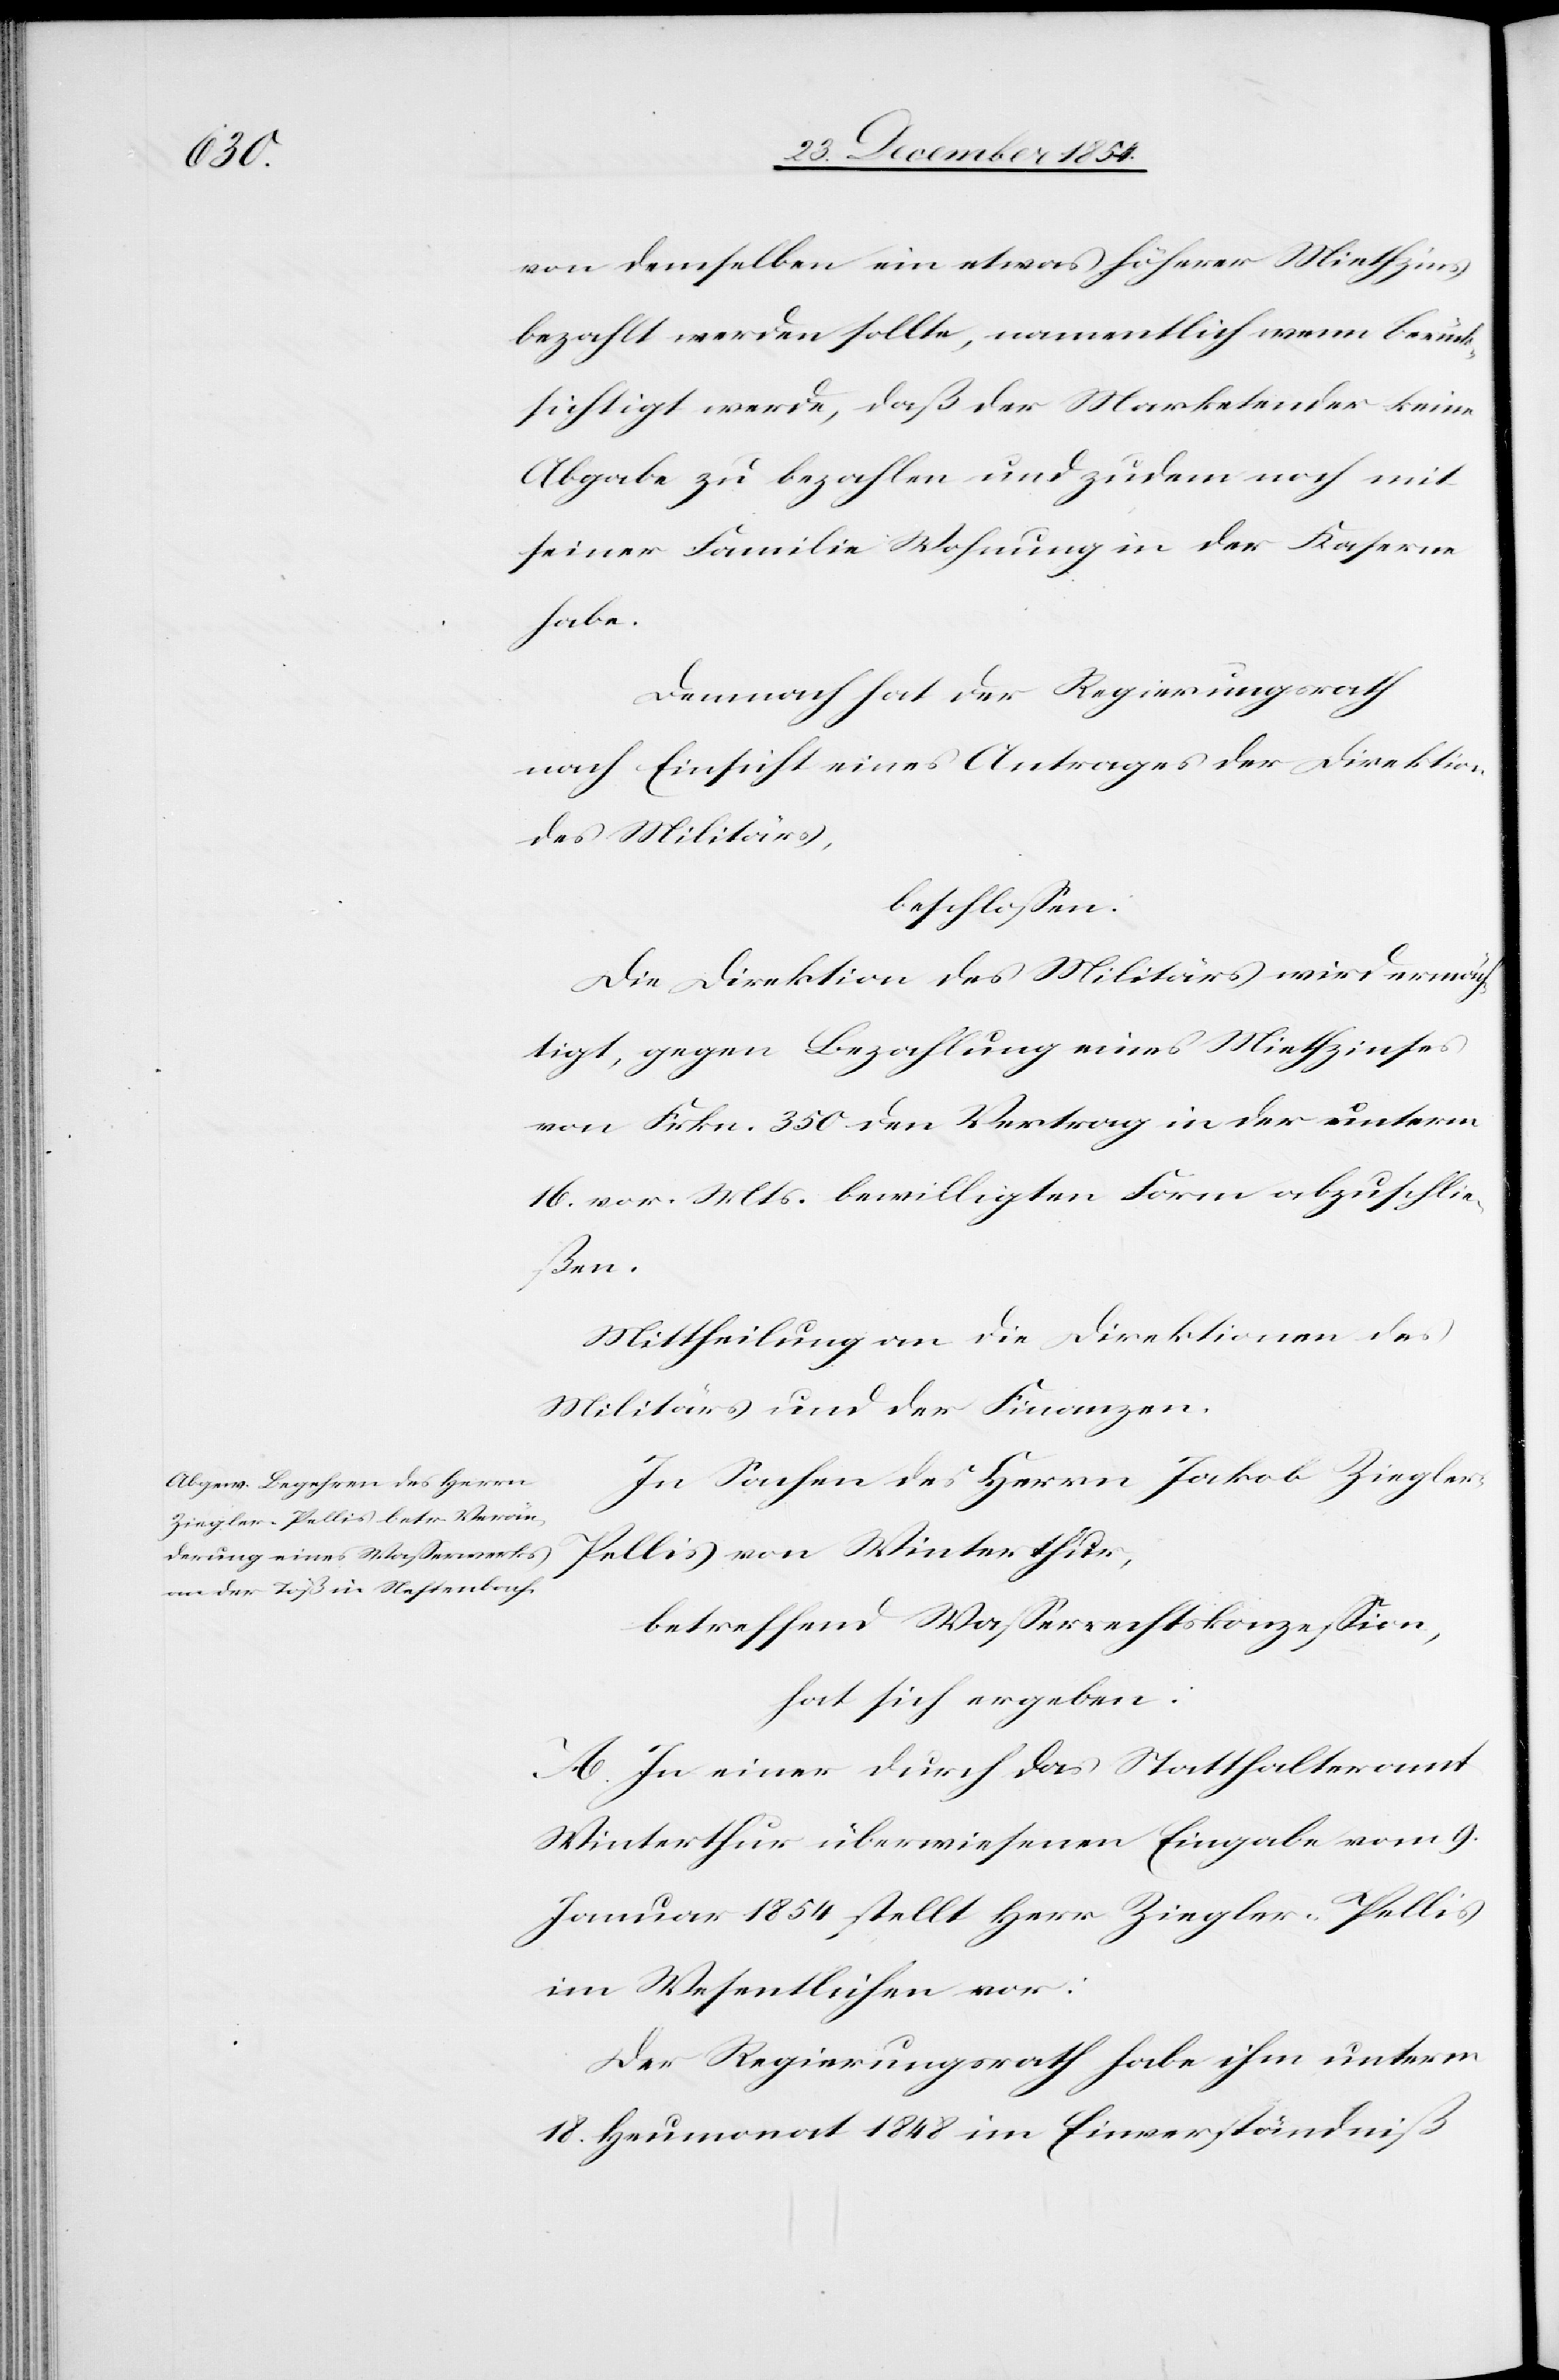
von demselben ein etwas höherer Miethzins
bezahlt werden sollte, namentlich wenn berück¬
sichtigt werde, daß der Marketender keine
Abgabe zu bezahlen und zudem noch mit
seiner Familie Wohnung in der Kaserne
habe.
Demnach hat der Regierungsrath
nach Einsicht eines Antrages der Direktion
des Militärs,
beschloßen:
Die Direktion des Militärs wird ermäch¬
tigt, gegen Bezahlung eines Miethzinses
von Frkn. 350 den Vertrag in der unterm
16. vor. Mts. bewilligten Form abzuschlie¬
ßen.
Mittheilung an die Direktionen des
Militärs und der Finanzen.
In Sachen des Herrn Jakob Ziegler-P¬
ellis von Winterthur,
betreffend Waßerrechtskonzeßion,
hat sich ergeben:
A. In einer durch das Statthalteramt
Winterthur überwiesenen Eingabe vom 9.
Januar 1854 stellt Herr Ziegler-Pellis
im Wesentlichen vor:
Der Regierungsrath habe ihm unterm
18. Heumonat 1848 im Einverständniß